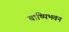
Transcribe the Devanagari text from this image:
बाष्पिभवन